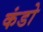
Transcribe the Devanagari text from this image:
कंडो